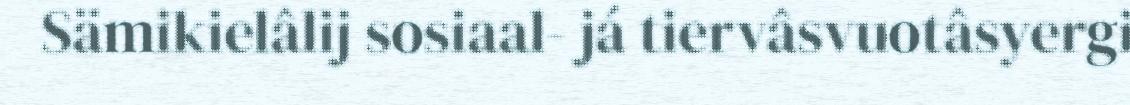
Sämikielâlij sosiaal- já tiervâsvuotâsyergi